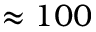
\approx 1 0 0